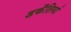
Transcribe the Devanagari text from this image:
डकैतियां